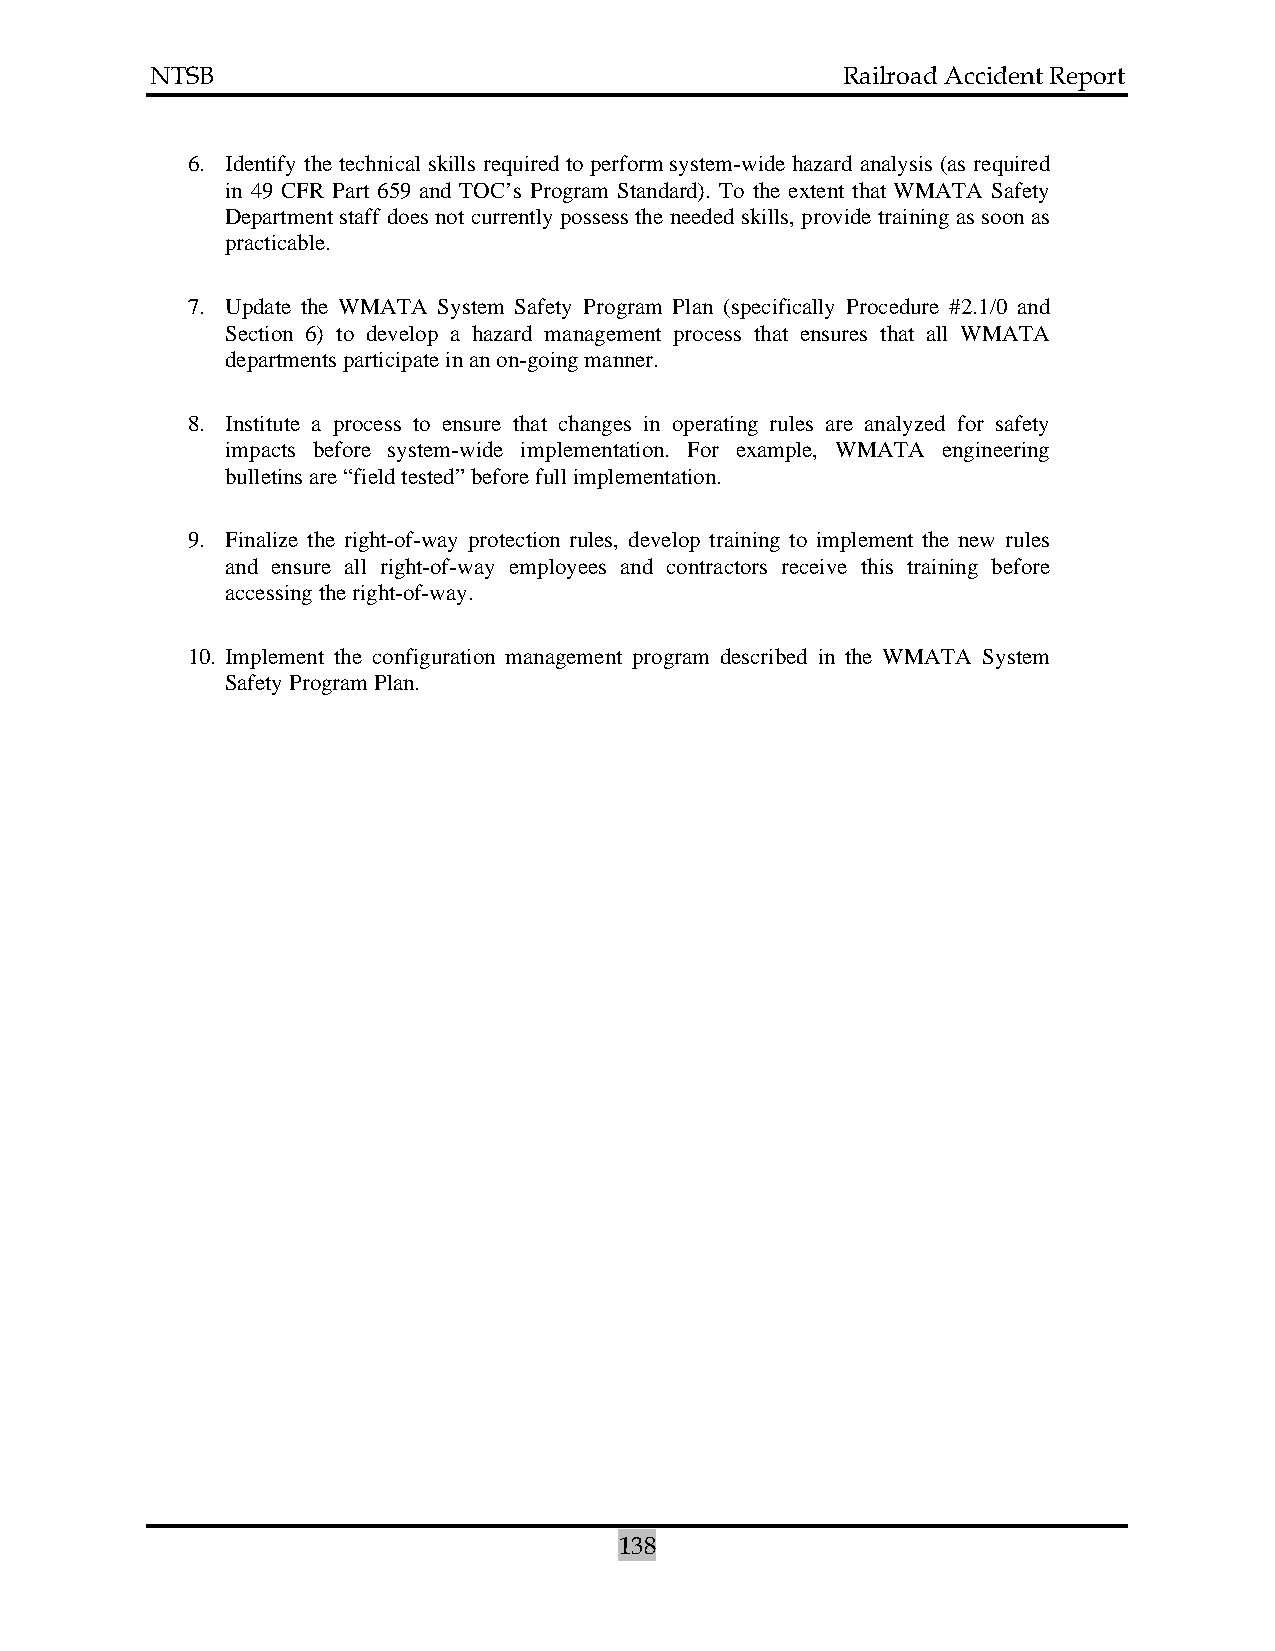
NTSB                                          Railroad Accident Report
 6. Identify the technical skills required to perform system-wide hazard analysis (as required
 in 49 CFR Part 659 and TOC’s Program Standard). To the extent that WMATA Safety
 Department staff does not currently possess the needed skills, provide training as soon as
 practicable.
 7. Update the WMATA System Safety Program Plan (specifically Procedure #2.1/0 and
 Section 6) to develop a hazard management process that ensures that all WMATA
 departments participate in an on-going manner.
 8. Institute a process to ensure that changes in operating rules are analyzed for safety
 impacts before system-wide implementation. For example, WMATA engineering
 bulletins are “field tested” before full implementation.
 9. Finalize the right-of-way protection rules, develop training to implement the new rules
 and ensure all right-of-way employees and contractors receive this training before
 accessing the right-of-way.
 10. Implement the configuration management program described in the WMATA System
 Safety Program Plan.
 138